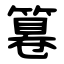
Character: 篹